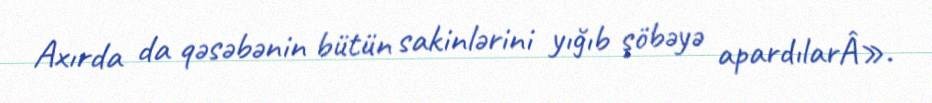
Axırda da qəsəbənin bütün sakinlərini yığıb şöbəyə apardılarÂ».